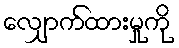
လျှောက်ထားမှုကို